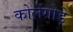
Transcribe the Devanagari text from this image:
कोलेंगोड़े